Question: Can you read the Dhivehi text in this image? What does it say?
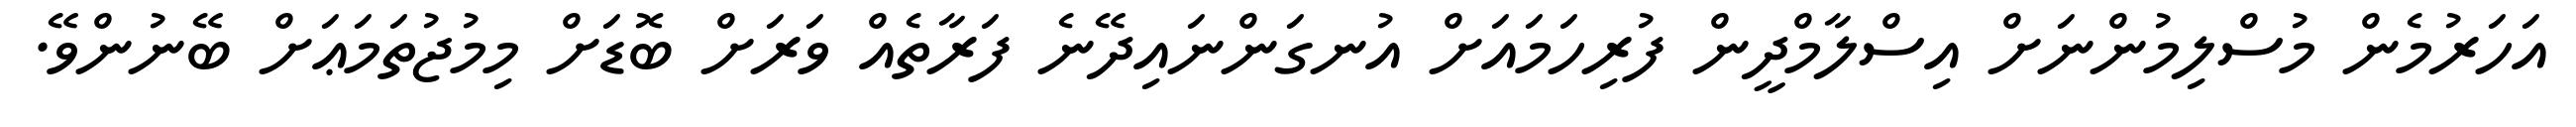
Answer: އަހަރުމެން މުސްލިމުންނަށް އިސްލާމްދީން ފުރިހަމައަށް އުނގަންނައިދޭނެ ފަރާތެއް ވަރަށް ބޮޑަށް މިމުޖުތަމަޢަށް ބޭނުންވޭ.